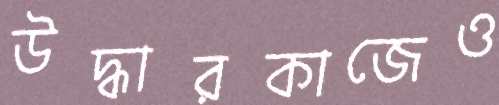
উদ্ধারকাজেও